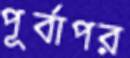
পূর্বাপর